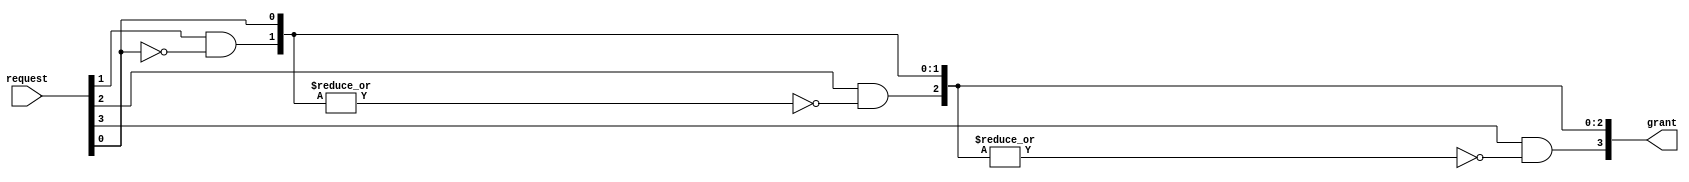
// Fixed Priority Arbiter 
// helps accessing the memory location for multiple process  and we can also provide a priority to a particular request
// Round Robin Arbiter - Starvation free Arbiter


// Specification:
// 4 input requests and output a signal to grant in the form of ONEHOT

module fixedPriorityArbiter  #(parameter N = 4)(request, grant);

input [N-1:0] request;
output [N-1:0] grant;
  // Port[0] has highest priority
  assign grant[0] = request[0];

  genvar i;
  for (i=1; i<N; i=i+1) begin
    assign grant[i] = request[i] & ~(|grant[i-1:0]);
  end

endmodule